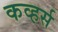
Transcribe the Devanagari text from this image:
कव्हर्स